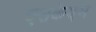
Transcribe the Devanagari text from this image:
एसकेएस